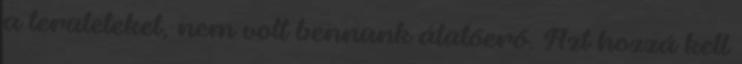
a területeket, nem volt bennünk átütőerő. Azt hozzá kell